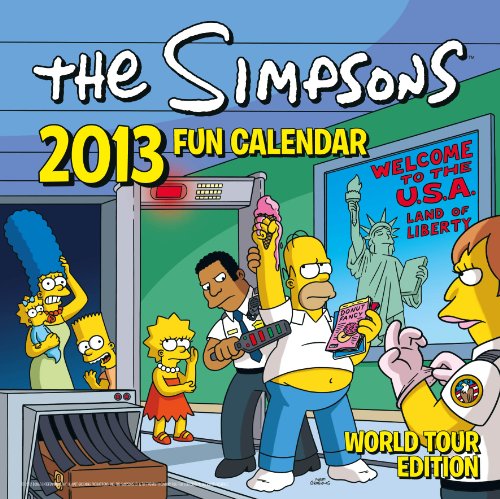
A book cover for Official The Simpsons 2013 Calendar; Calendars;